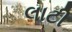
લાટી